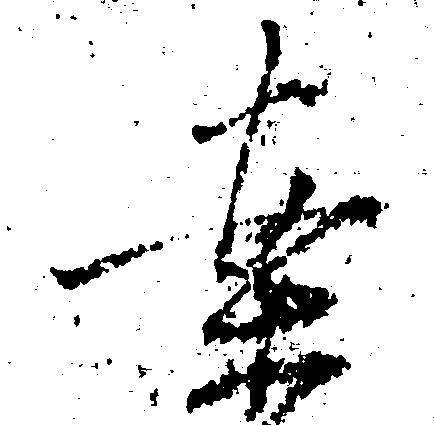
案